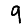
Digit: 9